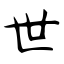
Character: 世